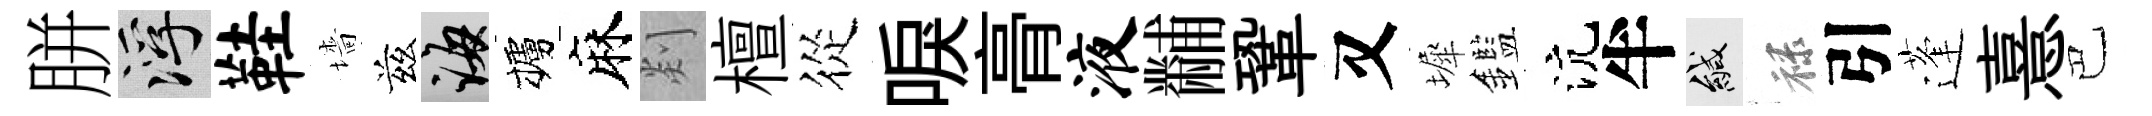
胼浮鞋墻兹誨櫨麻剡檀從唳𮌔液黼鞏又墀鑑沆半緘禄引蓬憙巴